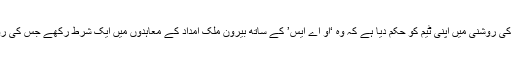
میں نے امریکی ممالک کی تنظیم کے ایک ذیلی ادارے کی جانب سے اسقاط حمل کی حمایت بارے حالیہ شہادت کی روشنی میں اپنی ٹیم کو حکم دیا ہے کہ وہ ‘او اے ایس’ کے ساتھ بیرون ملک امداد کے معاہدوں میں ایک شرط رکھے جس کی رو سے اسقاط حمل کے حق میں یا اس کے خلاف ترغیب کے لیے مالی وسائل کے استعمال کی واضح ممانعت ہو۔